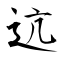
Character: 迒